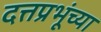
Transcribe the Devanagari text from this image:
दत्तप्रभूंच्या